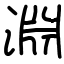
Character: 淵